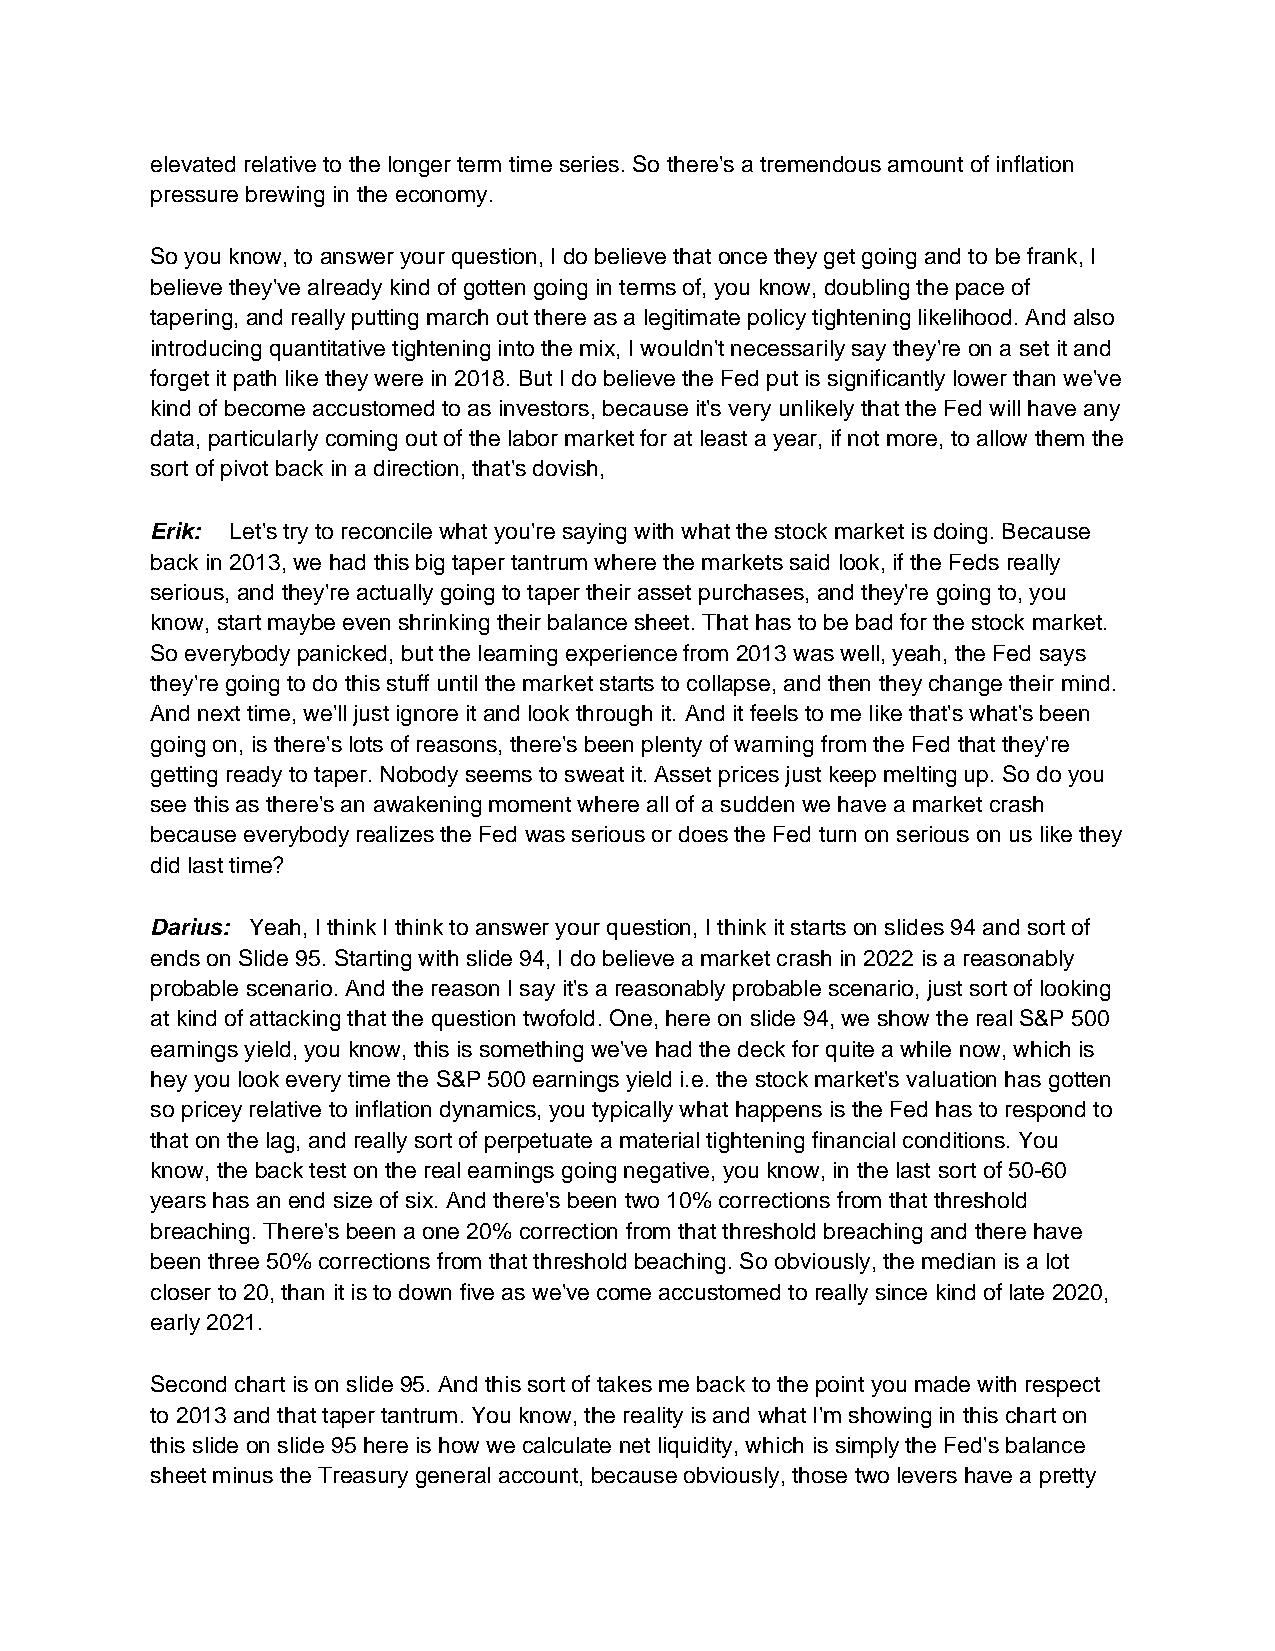
elevated relative to the longer term time series. So there's a tremendous amount of inflation
 pressure brewing in the economy.
 So you know, to answer your question, I do believe that once they get going and to be frank, I
 believe they've already kind of gotten going in terms of, you know, doubling the pace of
 tapering, and really putting march out there as a legitimate policy tightening likelihood. And also
 introducing quantitative tightening into the mix, I wouldn't necessarily say they're on a set it and
 forget it path like they were in 2018. But I do believe the Fed put is significantly lower than we've
 kind of become accustomed to as investors, because it's very unlikely that the Fed will have any
 data, particularly coming out of the labor market for at least a year, if not more, to allow them the
 sort of pivot back in a direction, that's dovish,
 Erik: Let's try to reconcile what you're saying with what the stock market is doing. Because
 back in 2013, we had this big taper tantrum where the markets said look, if the Feds really
 serious, and they're actually going to taper their asset purchases, and they're going to, you
 know, start maybe even shrinking their balance sheet. That has to be bad for the stock market.
 So everybody panicked, but the learning experience from 2013 was well, yeah, the Fed says
 they're going to do this stuff until the market starts to collapse, and then they change their mind.
 And next time, we'll just ignore it and look through it. And it feels to me like that's what's been
 going on, is there's lots of reasons, there's been plenty of warning from the Fed that they're
 getting ready to taper. Nobody seems to sweat it. Asset prices just keep melting up. So do you
 see this as there's an awakening moment where all of a sudden we have a market crash
 because everybody realizes the Fed was serious or does the Fed turn on serious on us like they
 did last time?
 Darius: Yeah, I think I think to answer your question, I think it starts on slides 94 and sort of
 ends on Slide 95. Starting with slide 94, I do believe a market crash in 2022 is a reasonably
 probable scenario. And the reason I say it's a reasonably probable scenario, just sort of looking
 at kind of attacking that the question twofold. One, here on slide 94, we show the real S&P 500
 earnings yield, you know, this is something we've had the deck for quite a while now, which is
 hey you look every time the S&P 500 earnings yield i.e. the stock market's valuation has gotten
 so pricey relative to inflation dynamics, you typically what happens is the Fed has to respond to
 that on the lag, and really sort of perpetuate a material tightening financial conditions. You
 know, the back test on the real earnings going negative, you know, in the last sort of 50-60
 years has an end size of six. And there's been two 10% corrections from that threshold
 breaching. There's been a one 20% correction from that threshold breaching and there have
 been three 50% corrections from that threshold beaching. So obviously, the median is a lot
 closer to 20, than it is to down five as we've come accustomed to really since kind of late 2020,
 early 2021.
 Second chart is on slide 95. And this sort of takes me back to the point you made with respect
 to 2013 and that taper tantrum. You know, the reality is and what I'm showing in this chart on
 this slide on slide 95 here is how we calculate net liquidity, which is simply the Fed's balance
 sheet minus the Treasury general account, because obviously, those two levers have a pretty